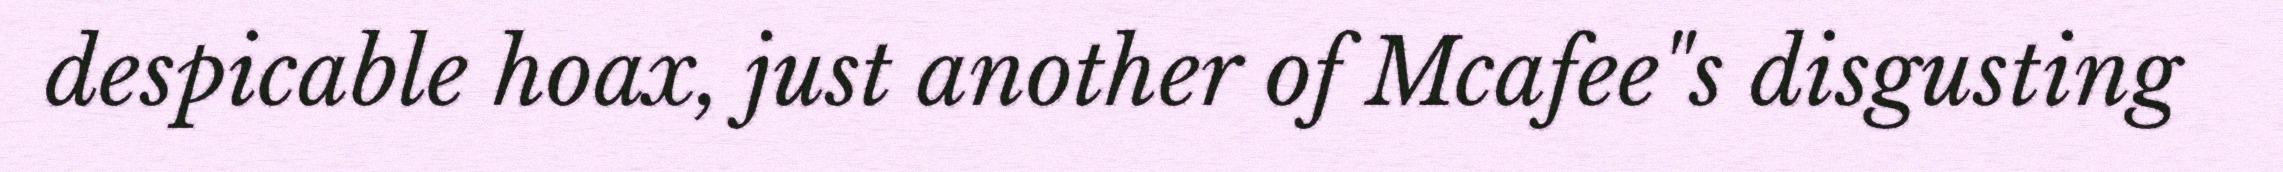
despicable hoax, just another of Mcafee"s disgusting